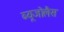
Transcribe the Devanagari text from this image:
ब्यूजोलैस